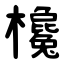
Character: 欃